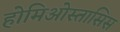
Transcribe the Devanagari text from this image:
होमिओस्तासिस